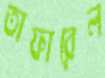
তাফারেল